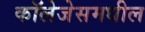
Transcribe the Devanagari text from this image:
कॉलेजेसमधील